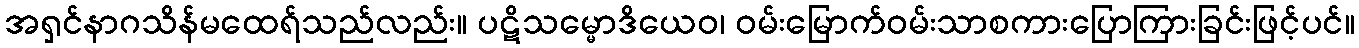
အရှင်နာဂသိန်မထေရ်သည်လည်း။ ပဋိသမ္မောဒိယေဝ၊ ဝမ်းမြောက်ဝမ်းသာစကားပြောကြားခြင်းဖြင့်ပင်။